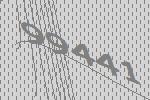
99441